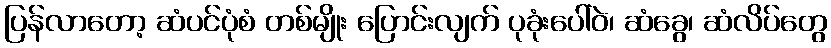
ပြန်လာတော့ ဆံပင်ပုံစံ တစ်မျိုး ပြောင်းလျက် ပုခုံးပေါ်ဝဲ၊ ဆံခွေ၊ ဆံလိပ်တွေ